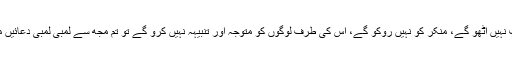
اللہ تبارک و تعالیٰ فرماتا ہے: اگر تم منکر کے خلاف نہیں اُٹھو گے، منکر کو نہیں روکو گے، اس کی طرف لوگوں کو متوجہ اور تنبیہہ نہیں کرو گے تو تم مجھ سے لمبی لمبی دعائیں مانگو گے، میں ان کو تمھارے منہ پر دے ماروں گا۔